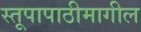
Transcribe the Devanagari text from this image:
स्तूपापाठीमागील